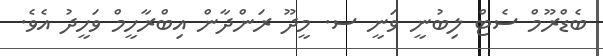
ބެޑްރޫމް ސެޓް ލިބުނީ ވަނީ ސ. މީދޫ ރަންދާން އިބްރާހީމް ވަހީދު އެވެ.